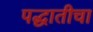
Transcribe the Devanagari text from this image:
पद्धातीचा